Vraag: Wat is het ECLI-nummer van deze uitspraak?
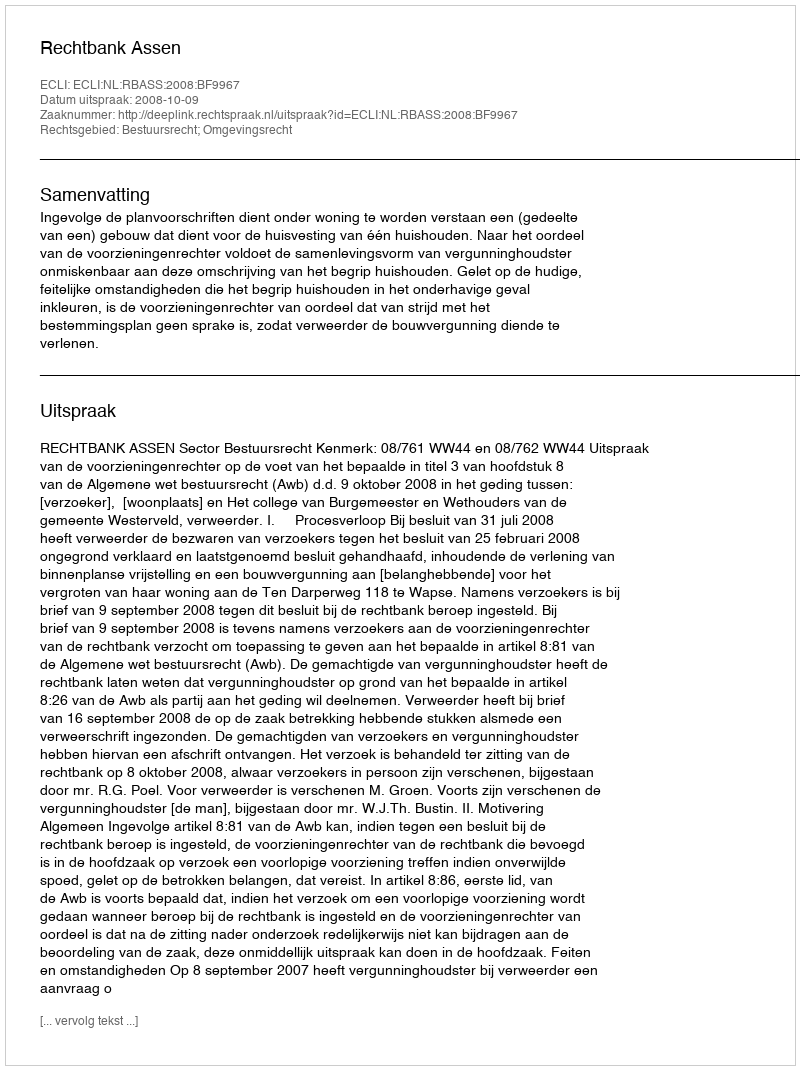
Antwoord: ECLI:NL:RBASS:2008:BF9967